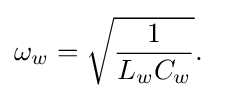
\omega _{w}={\sqrt {\frac {1}{L_{w}C_{w}}}}.\